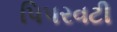
પિપરવટી